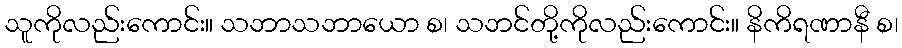
သူကိုလည်းကောင်း။ သဘာသဘာယော စ၊ သဘင်တို့ကိုလည်းကောင်း။ နိကိရဏာနီ စ၊